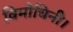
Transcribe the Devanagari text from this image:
विमोचिनी।